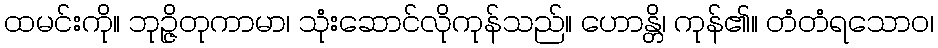
ထမင်းကို။ ဘုဉ္ဇိတုကာမာ၊ သုံးဆောင်လိုကုန်သည်။ ဟောန္တိ၊ ကုန်၏။ တံတံရသောဝ၊